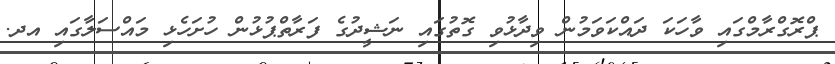
ޕްރޮގްރާމްގައި ވާހަކަ ދައްކަވަމުން ވިދާޅުވި ގޮތުގައި ނަޝީދުގެ ފަރާތްޕުޅުން ހުށަހެޅި މައްސަލާގައި އދ.